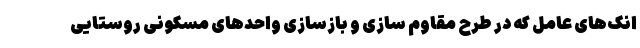
انک‌های عامل که در طرح مقاوم سازی و بازسازی واحدهای مسکونی روستایی